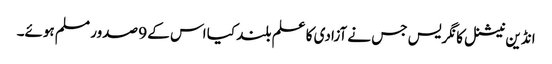
انڈین نیشنل کانگریس جس نے آزادی کا علم بلند کیا اس کے 9 صدور مسلم ہوئے۔